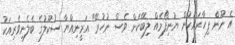
އެ ނޫން ފިހާރައަކުން ޔުނިފޯމެއް ލިބޭކަށް ވެސް ނުހުރޭ" އަމީނިއްޔާ ސުކޫލުގެ ބެލެނިވެރިއަކު